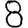
Digit: 8